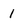
Character: 1